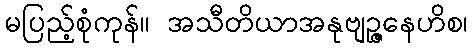
မပြည့်စုံကုန်။ အသီတိယာအနုဗျဉ္ဇနေဟိစ၊